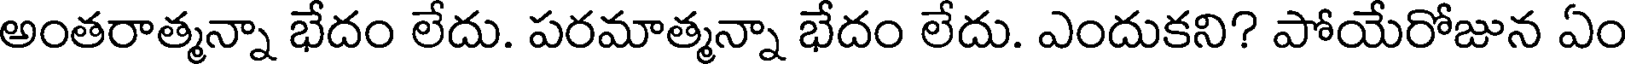
అంతరాత్మన్నా భేదం లేదు. పరమాత్మన్నా భేదం లేదు. ఎందుకని? పోయేరోజున ఏం